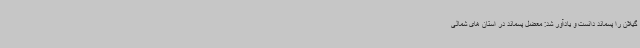
گیلان را پسماند دانست و یادآور شد: معضل پسماند در استان های شمالی